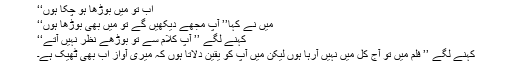
اب تو میں بوڑھا ہو چکا ہوں‘‘
میں نے کہا’’ آپ مجھے دیکھیں گے تو میں بھی بوڑھا ہوں‘‘
کہنے لگے ’’ آپ کلام سے تو بوڑھے نظر نہیں آتے‘‘
کہنے لگے ’’ فلم میں تو آج کل میں نہیں آرہا ہوں لیکن میں آپ کو یقین دلاتا ہوں کہ میری آواز اب بھی ٹھیک ہے۔